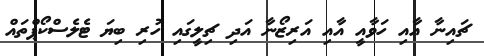
ޗައިނާ އާއި ހަވާއީ އާއި އަރިޒޯނާ އަދި ޗިލީގައި ހުރި ބިޔަ ޓެލެސްކޯޕްތައް